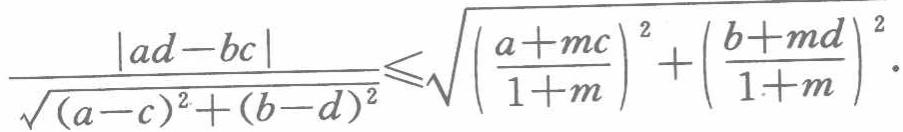
\[\frac{|ad - bc|}{\sqrt{(a - c)^2+(b - d)^2}}\leqslant\sqrt{\left(\frac{a + mc}{1 + m}\right)^2+\left(\frac{b + md}{1 + m}\right)^2}.\]